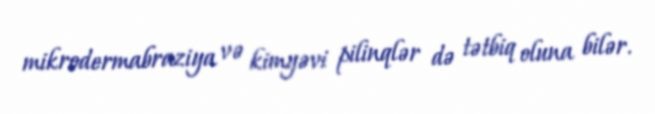
mikrodermabraziya və kimyəvi pilinqlər də tətbiq oluna bilər.